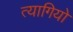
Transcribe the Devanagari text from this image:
त्‍यागियो